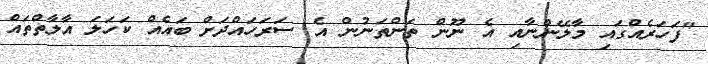
"ފަހަރެއްގައި މާލޭންނާއި އެ ނޫން ތަންތަނުން އެ ސަރަހައްދަށް ބައެއް ކަހަލަ އާލާތްތައް